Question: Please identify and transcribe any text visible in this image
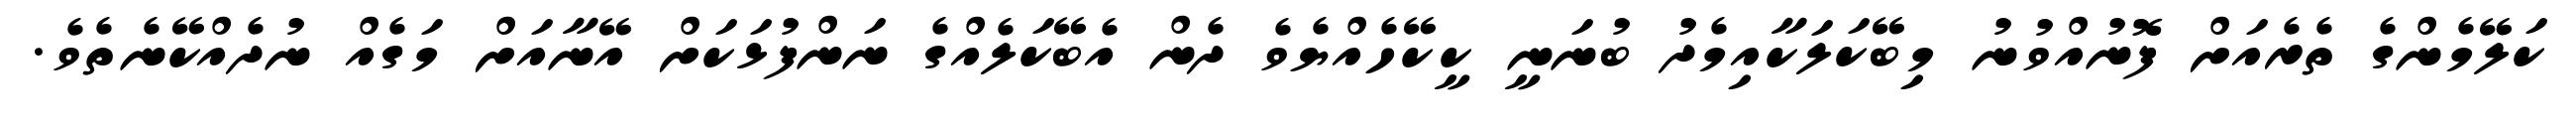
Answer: ކަލޭމެންގެ ތެރެއަށް ފޮނުއްވުނު މިބޭކަލަކާއިމެދު ބުނަނީ ކީކޭހެއްޔެވެ ދެން އެބޭކަލެއްގެ ނަންފުޅަކަށް އޭނާއަށް މަގެއް ނުދެއްކޭނެތެވެ.